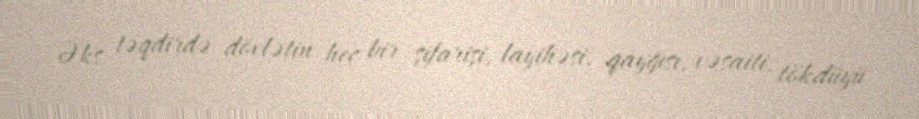
Əks təqdirdə dövlətin heç bir şifarişi, layihəsi, qayğısı, vəsaiti, tökdüyü